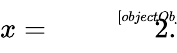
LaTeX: x={\sqrt[[objectObject]]{2}}.